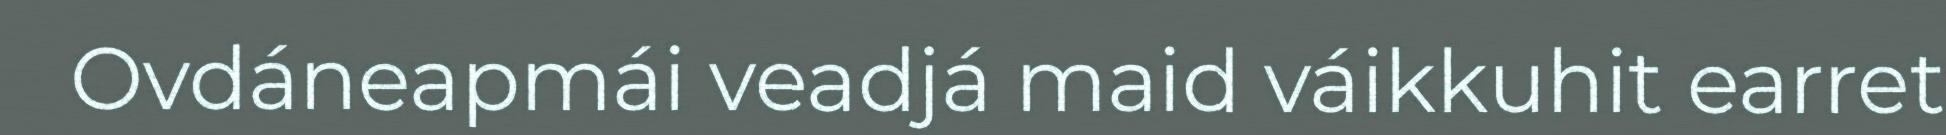
Ovdáneapmái veadjá maid váikkuhit earret